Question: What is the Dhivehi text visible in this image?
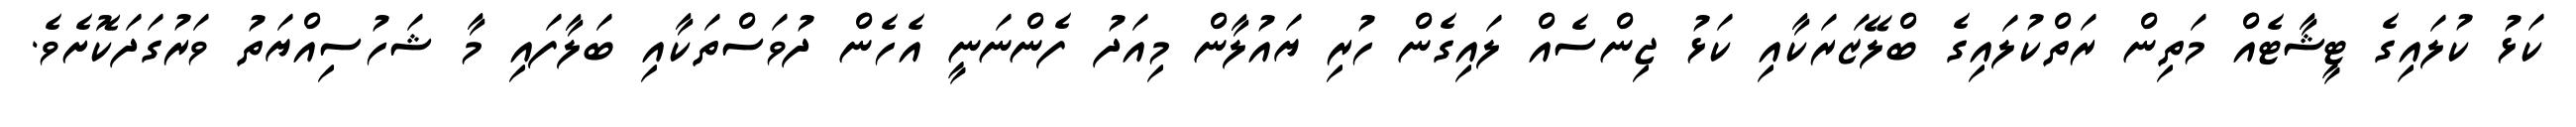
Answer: ކަޅު ކުލައިގެ ޓީޝާޓެއް މަތިން ރަތްކުލައިގެ ބްލޭޒަރަކާއި ކަޅު ޖިންސެއް ލައިގެން ހުރި ޔައުލާން މިއަދު ފެންނަނީ އެހެން ދުވަސްތަކާއި ބަލާފައި މާ ޝަހުސިއްޔަތު ވަރުގަދަކޮށެވެ.